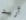
أريد